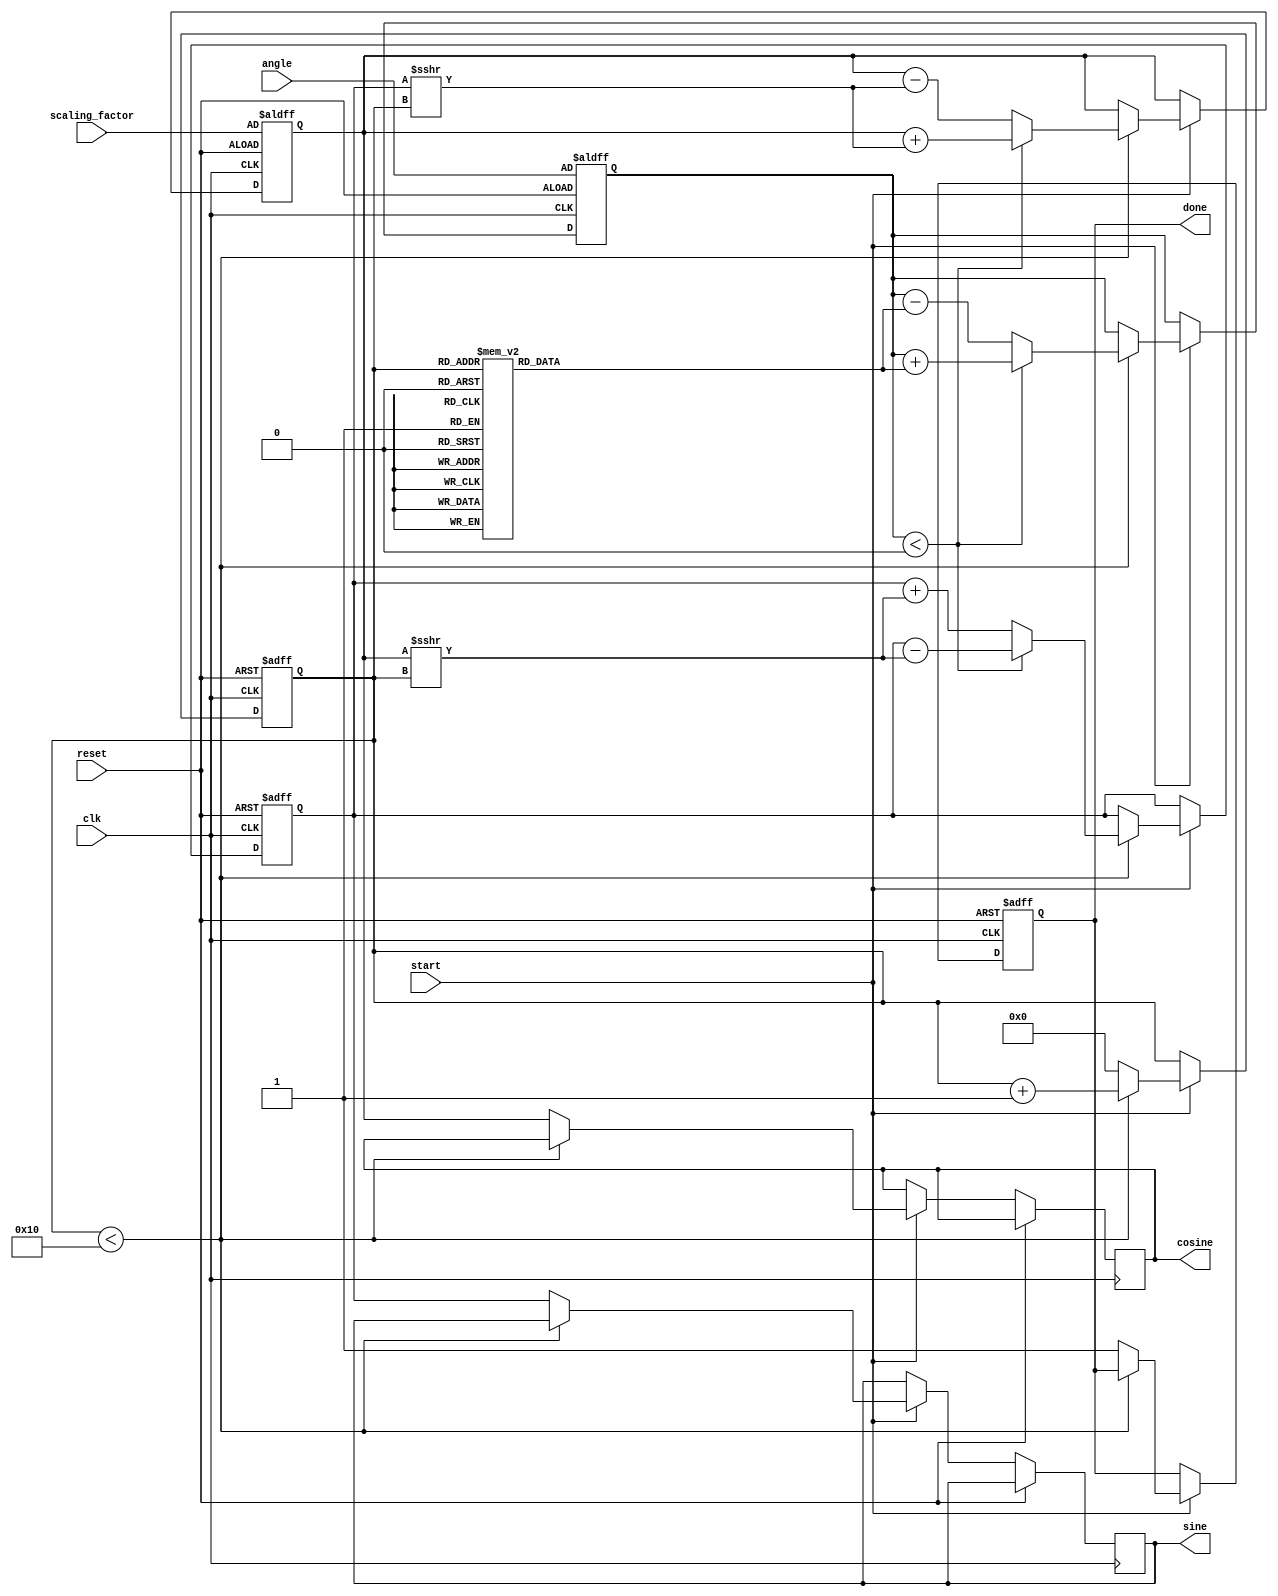
module adaptive_cordic (
    input wire clk,
    input wire reset,
    input wire [31:0] angle, // Input angle in fixed-point format
    input wire [31:0] scaling_factor, // Scaling factor
    input wire start, // Start signal for computation
    output reg [31:0] sine, // Output sine value
    output reg [31:0] cosine, // Output cosine value
    output reg done // Done signal
);

    // Parameters
    parameter NUM_ITERATIONS = 16; // Maximum number of iterations
    parameter ANGLE_TABLE_SIZE = 16; // Size of the angle table

    // Internal signals
    reg [31:0] x, y, z; // x, y coordinates and angle z
    reg [3:0] iteration; // Current iteration count
    reg [31:0] angle_table [0:ANGLE_TABLE_SIZE-1]; // Angle table
    reg adaptive_mode; // Flag for adaptive mode

    // Initialize angle table with arctangent values
    initial begin
        angle_table[0] = 32'h00000000; // atan(0)
        angle_table[1] = 32'h3F19999A; // atan(1/2^1)
        angle_table[2] = 32'h3E4CCCCD; // atan(1/2^2)
        angle_table[3] = 32'h3D999999; // atan(1/2^3)
        angle_table[4] = 32'h3D555555; // atan(1/2^4)
        angle_table[5] = 32'h3D249249; // atan(1/2^5)
        angle_table[6] = 32'h3D0A3D70; // atan(1/2^6)
        angle_table[7] = 32'h3C9A3D70; // atan(1/2^7)
        angle_table[8] = 32'h3C555555; // atan(1/2^8)
        angle_table[9] = 32'h3C249249; // atan(1/2^9)
        angle_table[10] = 32'h3C0A3D70; // atan(1/2^10)
        angle_table[11] = 32'h3B999999; // atan(1/2^11)
        angle_table[12] = 32'h3B555555; // atan(1/2^12)
        angle_table[13] = 32'h3B249249; // atan(1/2^13)
        angle_table[14] = 32'h3A3D70A3; // atan(1/2^14)
        angle_table[15] = 32'h3A3D70A3; // atan(1/2^15)
    end

    // Control Unit
    always @(posedge clk or posedge reset) begin
        if (reset) begin
            iteration <= 0;
            x <= scaling_factor; // Initial x = scaling factor
            y <= 0; // Initial y = 0
            z <= angle; // Load input angle
            done <= 0;
            adaptive_mode <= 0;
        end else if (start) begin
            if (iteration < NUM_ITERATIONS) begin
                // CORDIC rotation logic
                if (z < 0) begin
                    // Rotate clockwise
                    x <= x + (y >>> iteration);
                    y <= y - (x >>> iteration);
                    z <= z + angle_table[iteration];
                end else begin
                    // Rotate counter-clockwise
                    x <= x - (y >>> iteration);
                    y <= y + (x >>> iteration);
                    z <= z - angle_table[iteration];
                end
                iteration <= iteration + 1;
            end else begin
                // Finished iterations
                sine <= y;
                cosine <= x;
                done <= 1;
                iteration <= 0; // Reset for next computation
            end
        end
    end

endmodule